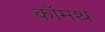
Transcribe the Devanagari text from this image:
कॉमथ